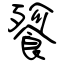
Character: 餮